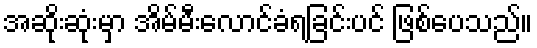
အဆိုးဆုံးမှာ အိမ်မီးလောင်ခံရခြင်းပင် ဖြစ်ပေသည်။